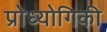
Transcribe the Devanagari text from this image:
प्रोध्योगिकी